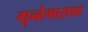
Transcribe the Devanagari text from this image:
गुन्हेगाराचा